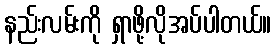
နည်းလမ်းကို ရှာဖို့လိုအပ်ပါတယ်။